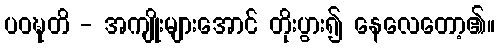
ပဝဍ္ဎတိ - အကျိုးများအောင် တိုးပွား၍ နေလေတော့၏။